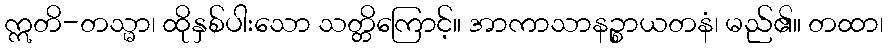
ဣတိ-တသ္မာ၊ ထိုနှစ်ပါးသော သတ္တိကြောင့်။ အာကာသာနဉ္စာယတနံ၊ မည်၏။ တထာ၊